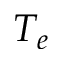
T _ { e }